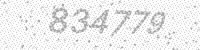
Solution: 834779